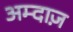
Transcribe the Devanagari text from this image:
अम्दाज़